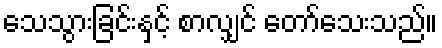
သေသွားခြင်းနှင့် စာလျှင် တော်သေးသည်။